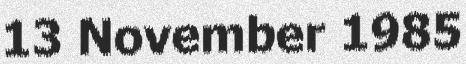
13 November 1985